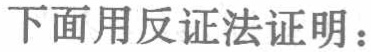
下面用反证法证明：